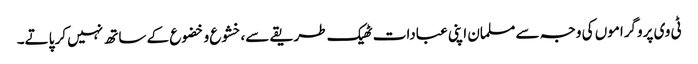
ٹی وی پروگراموں کی وجہ سے مسلمان اپنی عبادات ٹھیک طریقے سے،خشوع و خضوع کے ساتھ نہیں کر پاتے۔